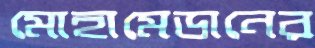
মোহামেডানের